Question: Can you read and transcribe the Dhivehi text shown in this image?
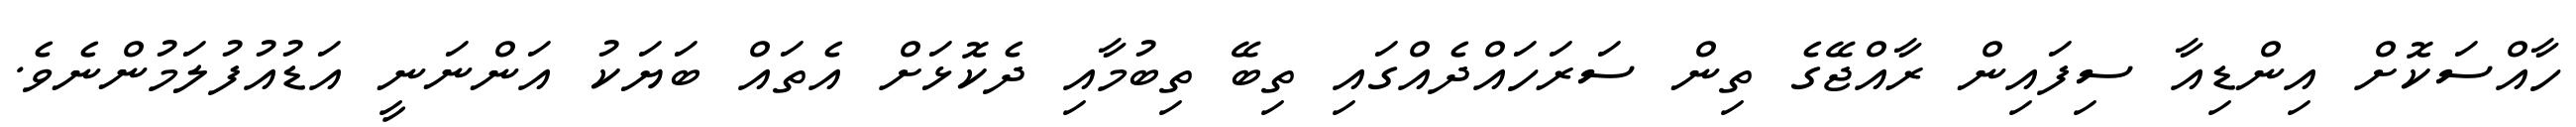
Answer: ހާއްސަކޮށް އިންޑިއާ ސިފައިން ރާއްޖޭގެ ތިން ސަރަހައްދެއްގައި ތިބޭ ތިބުމާއި ދެކޮޅަށް އެތައް ބަޔަކު އަންނަނީ އަޑުއުފުލަމުންނެވެ.